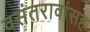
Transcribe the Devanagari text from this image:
वसंतरावांसह